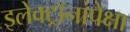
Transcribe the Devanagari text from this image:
इलेक्ट्रॉनांपेक्षा